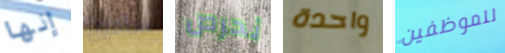
إنها سأقول نحرص واحدة للموظفين